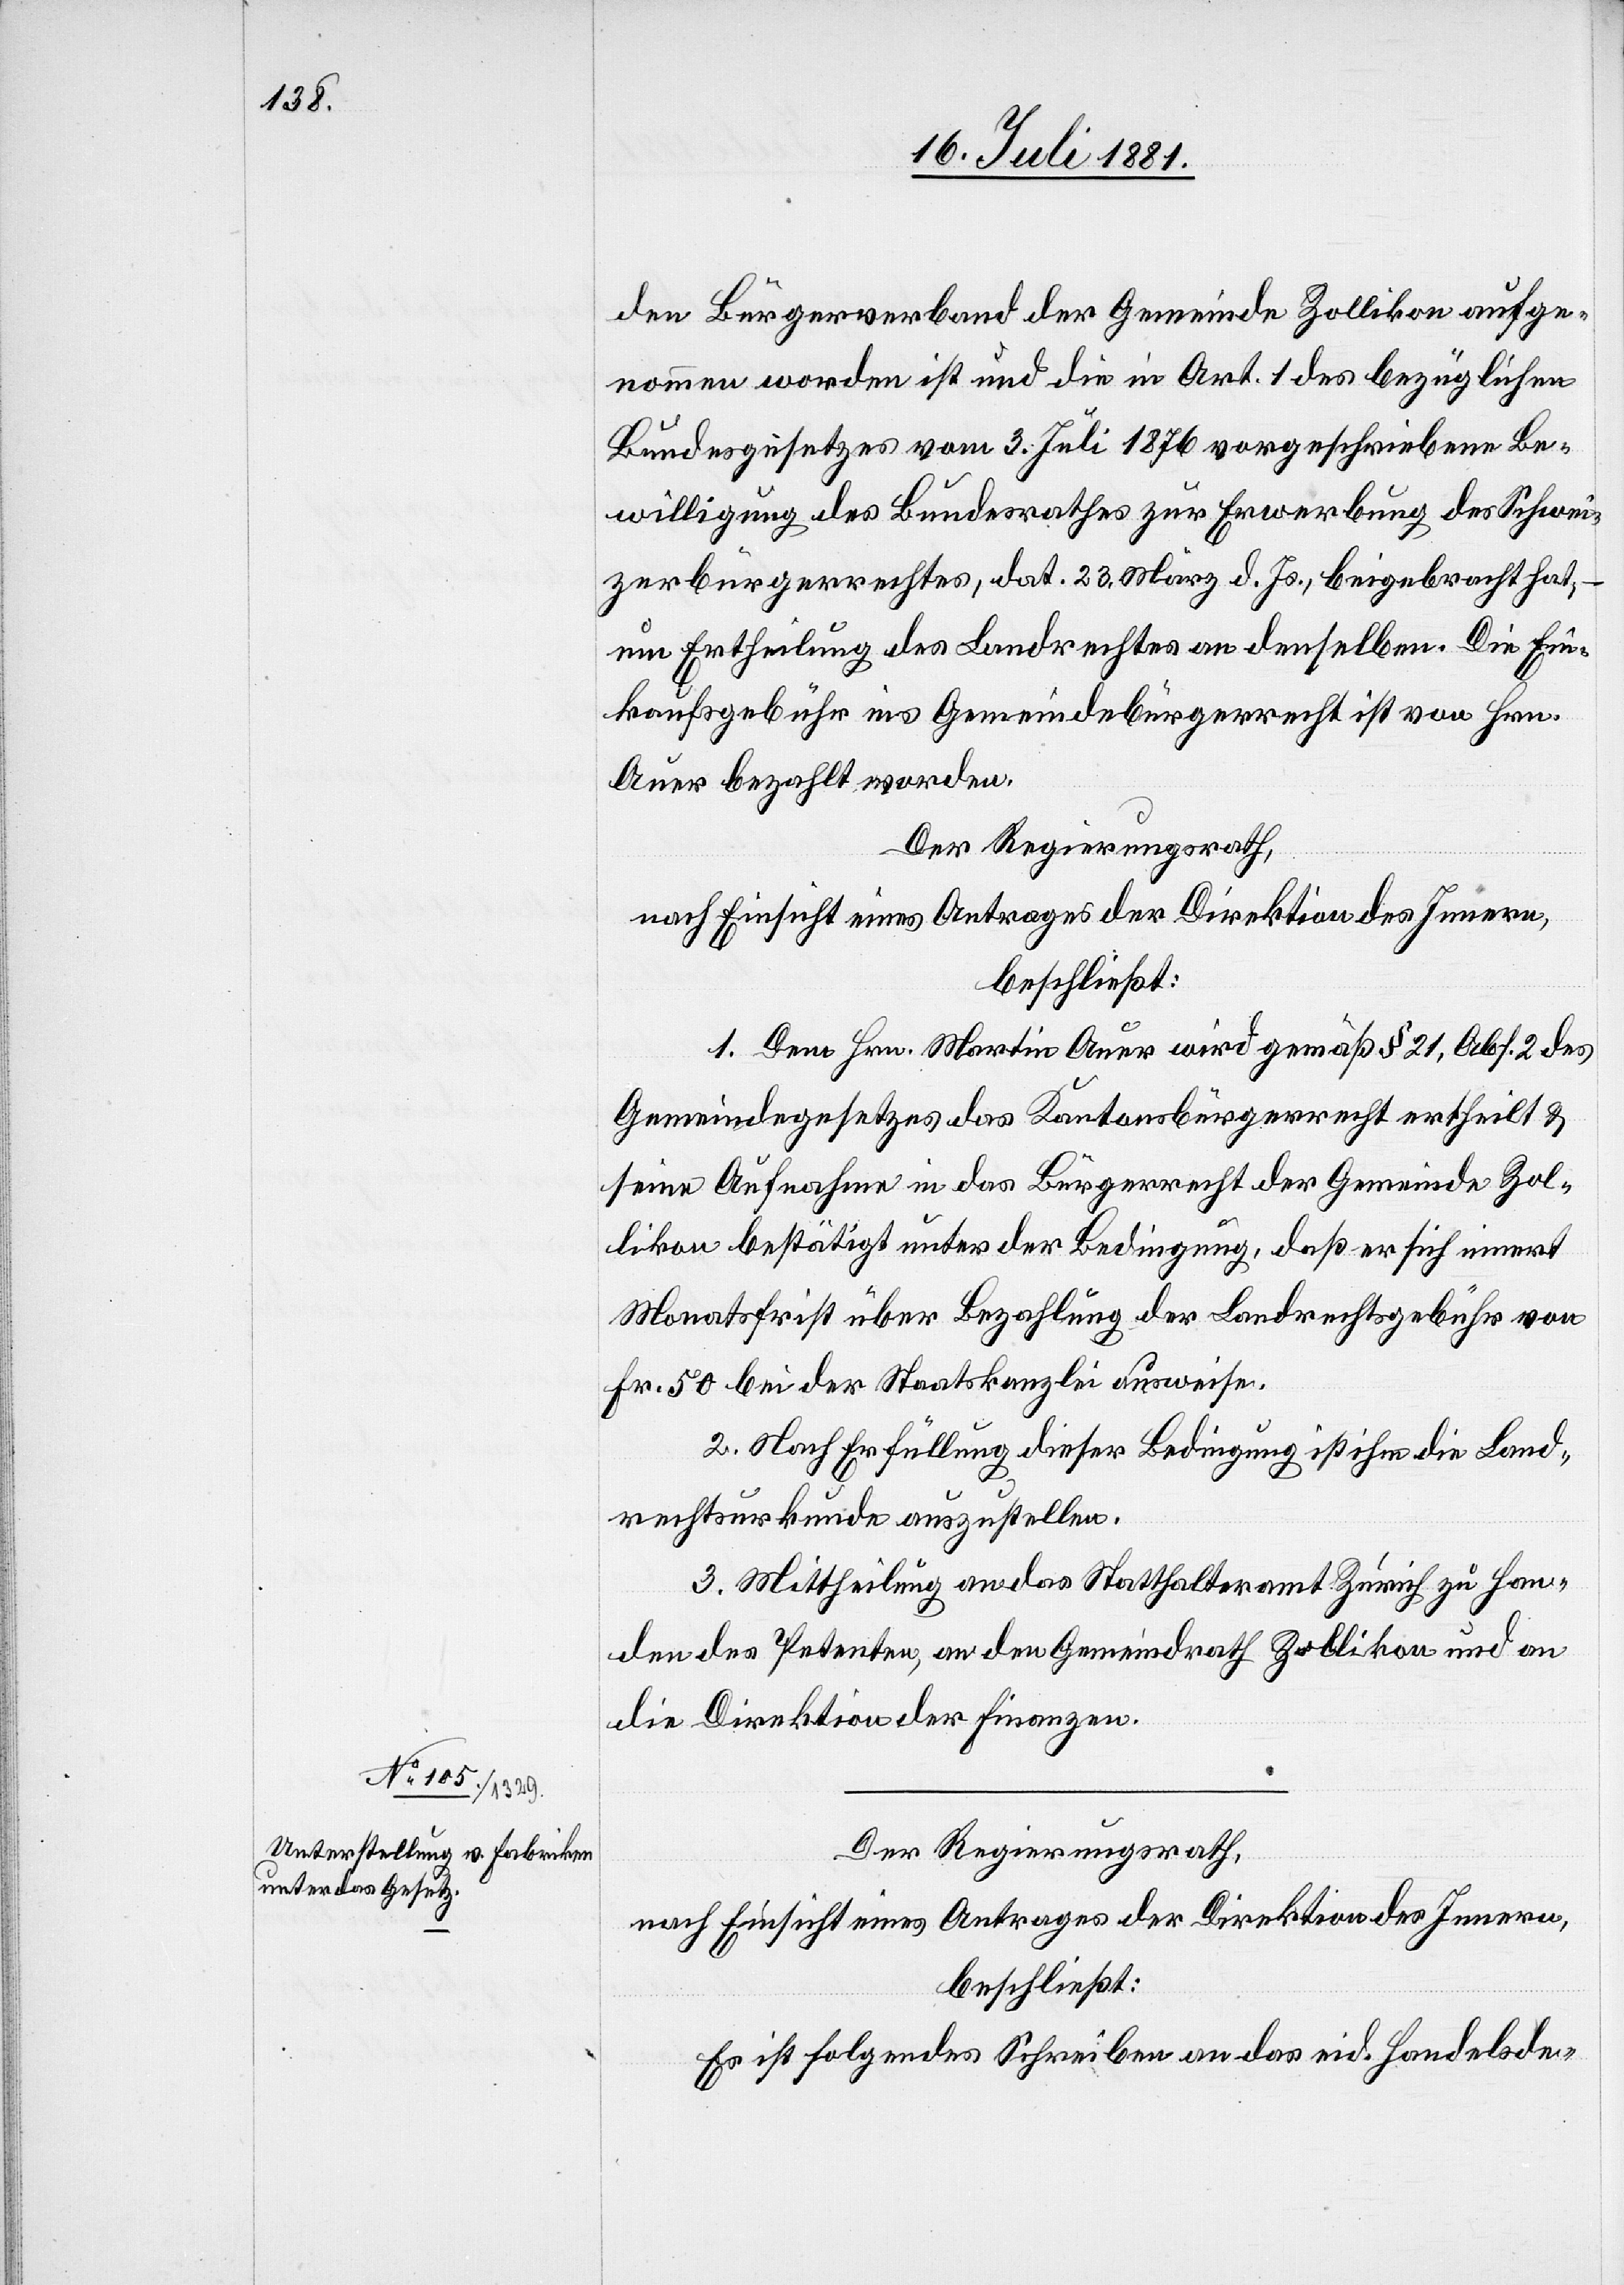
den Bürgerverband der Gemeinde Zollikon aufge¬
nommen worden ist und die in Art. 1 des bezüglichen
Bundesgesetzes vom 3. Juli 1876 vorgeschriebene Be¬
willigung des Bundesrathes zur Erwerbung des Schwei¬
zerbürgerrechtes, dat. 23. März d. Js., beigebracht hat,
Ertheilung des Landrechtes an denselben. Die Ein¬
kaufsgebühr ins Gemeindebürgerrecht ist von Hrn.
Auer bezahlt worden.
Der Regierungsrath,
nach Einsicht eines Antrages der Direktion des Innern,
beschließt:
1. Dem Hrn. Martin Auer wird gemäß § 21, Abs. 2 des
Gemeindegesetzes das Kantonsbürgerrecht ertheilt &
seine Aufnahme in das Bürgerrecht der Gemeinde Zol¬
likon bestätigt unter der Bedingung, daß er sich innert
Monatsfrist über Bezahlung der Landrechtsgebühr von
Fr. 50 bei der Staatskanzlei ausweise.
2. Nach Erfüllung dieser Bedingung ist ihm die Land¬
rechtsurkunde auszustellen.
3. Mittheilung an das Statthalteramt Zürich zu Han¬
den des Petenten, an den Gemeindrath Zollikon und an
die Direktion der Finanzen.